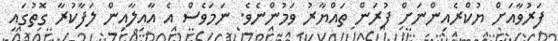
ފަރުވާއަށް ޔުކްރެއިންނަށް ފުރަން ތައްޔާރު ވަމުންނެވެ. ނަމަވެސް އެ އާއިލާއިން ލަފާކުރާ ގޮތުގައި